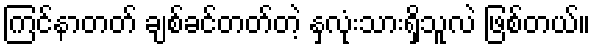
ကြင်နာတတ် ချစ်ခင်တတ်တဲ့ နှလုံးသားရှိသူလဲ ဖြစ်တယ်။